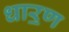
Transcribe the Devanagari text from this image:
धार॒ण